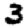
Digit: 3